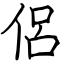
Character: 侶